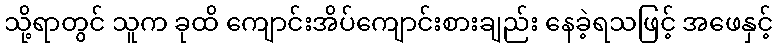
သို့ရာတွင် သူက ခုထိ ကျောင်းအိပ်ကျောင်းစားချည်း နေခဲ့ရသဖြင့် အဖေနှင့်